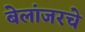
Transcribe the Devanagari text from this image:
बेलांजरचे